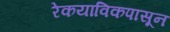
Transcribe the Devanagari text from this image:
रेकयाविकपासून